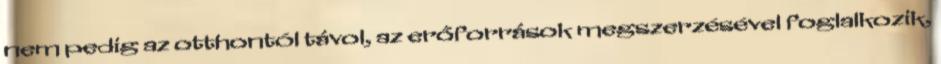
nem pedig az otthontól távol, az erőforrások megszerzésével foglalkozik,